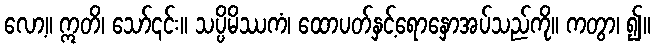
လော့။ ဣတိ၊ သော်၎င်း။ သပ္ပိမိဿကံ၊ ထောပတ်နှင့်ရောနှောအပ်သည်ကို။ ကတွာ၊ ၍။